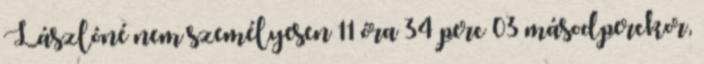
Lászlóné nem személyesen 11 óra 34 perc 03 másodperckor,